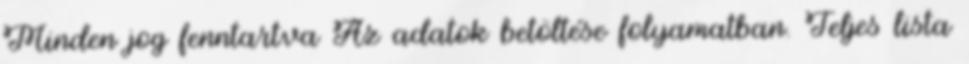
Minden jog fenntartva Az adatok betöltése folyamatban. Teljes lista